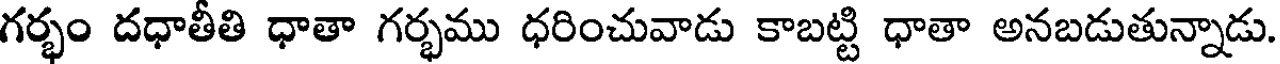
గర్భం దధాతీతి ధాతా గర్భము ధరించువాడు కాబట్టి ధాతా అనబడుతున్నాడు.